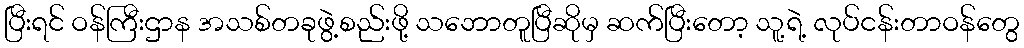
ပြီးရင် ဝန်ကြီးဌာန အသစ်တခုဖွဲ့စည်းဖို့ သဘောတူပြီဆိုမှ ဆက်ပြီးတော့ သူ့ရဲ့ လုပ်ငန်းတာဝန်တွေ